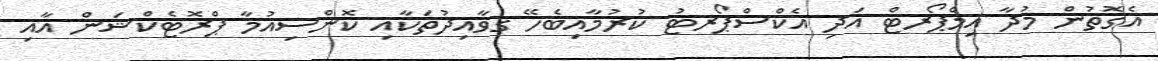
އެގޮތުން މުދާ އިމްޕޯރޓް އަދި އެކްސްޕޯރޓު ކުރުމާއިބެހޭ ގވާއިދުތަކާއި ކޮންސިއުމާ ޕްރޮޓެކްޝަން އާއި